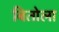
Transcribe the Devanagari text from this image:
बितोला